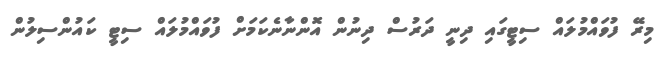
މިރޭ ފުވައްމުލައް ސިޓީގައި ދިނީ ދަރުސް ދިނުން އޮންނާނެކަމަށް ފުވައްމުލައް ސިޓީ ކައުންސިލުން